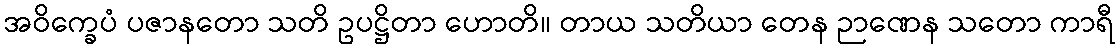
အဝိက္ခေပံ ပဇာနတော သတိ ဥပဋ္ဌိတာ ဟောတိ။ တာယ သတိယာ တေန ဉာဏေန သတော ကာရီ